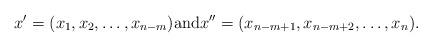
LaTeX: \begin{align*}x' = (x_1, x_2, \dots, x_{n-m}) \textrm{and} x'' = (x_{n-m+1}, x_{n-m+2},\dots, x_n).\end{align*}